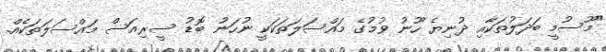
"މޫސުމީ ބަދަލުތަކާއި ދުނިޔެ ހޫނު ވުމުގެ މައްސަލަތަކަކީ ނުހަނު ބޮޑު ސީރިއަސް މައްސަލަތަކެއް.